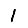
Digit: 1